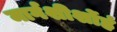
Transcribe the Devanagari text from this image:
मार्गशीर्शोहं